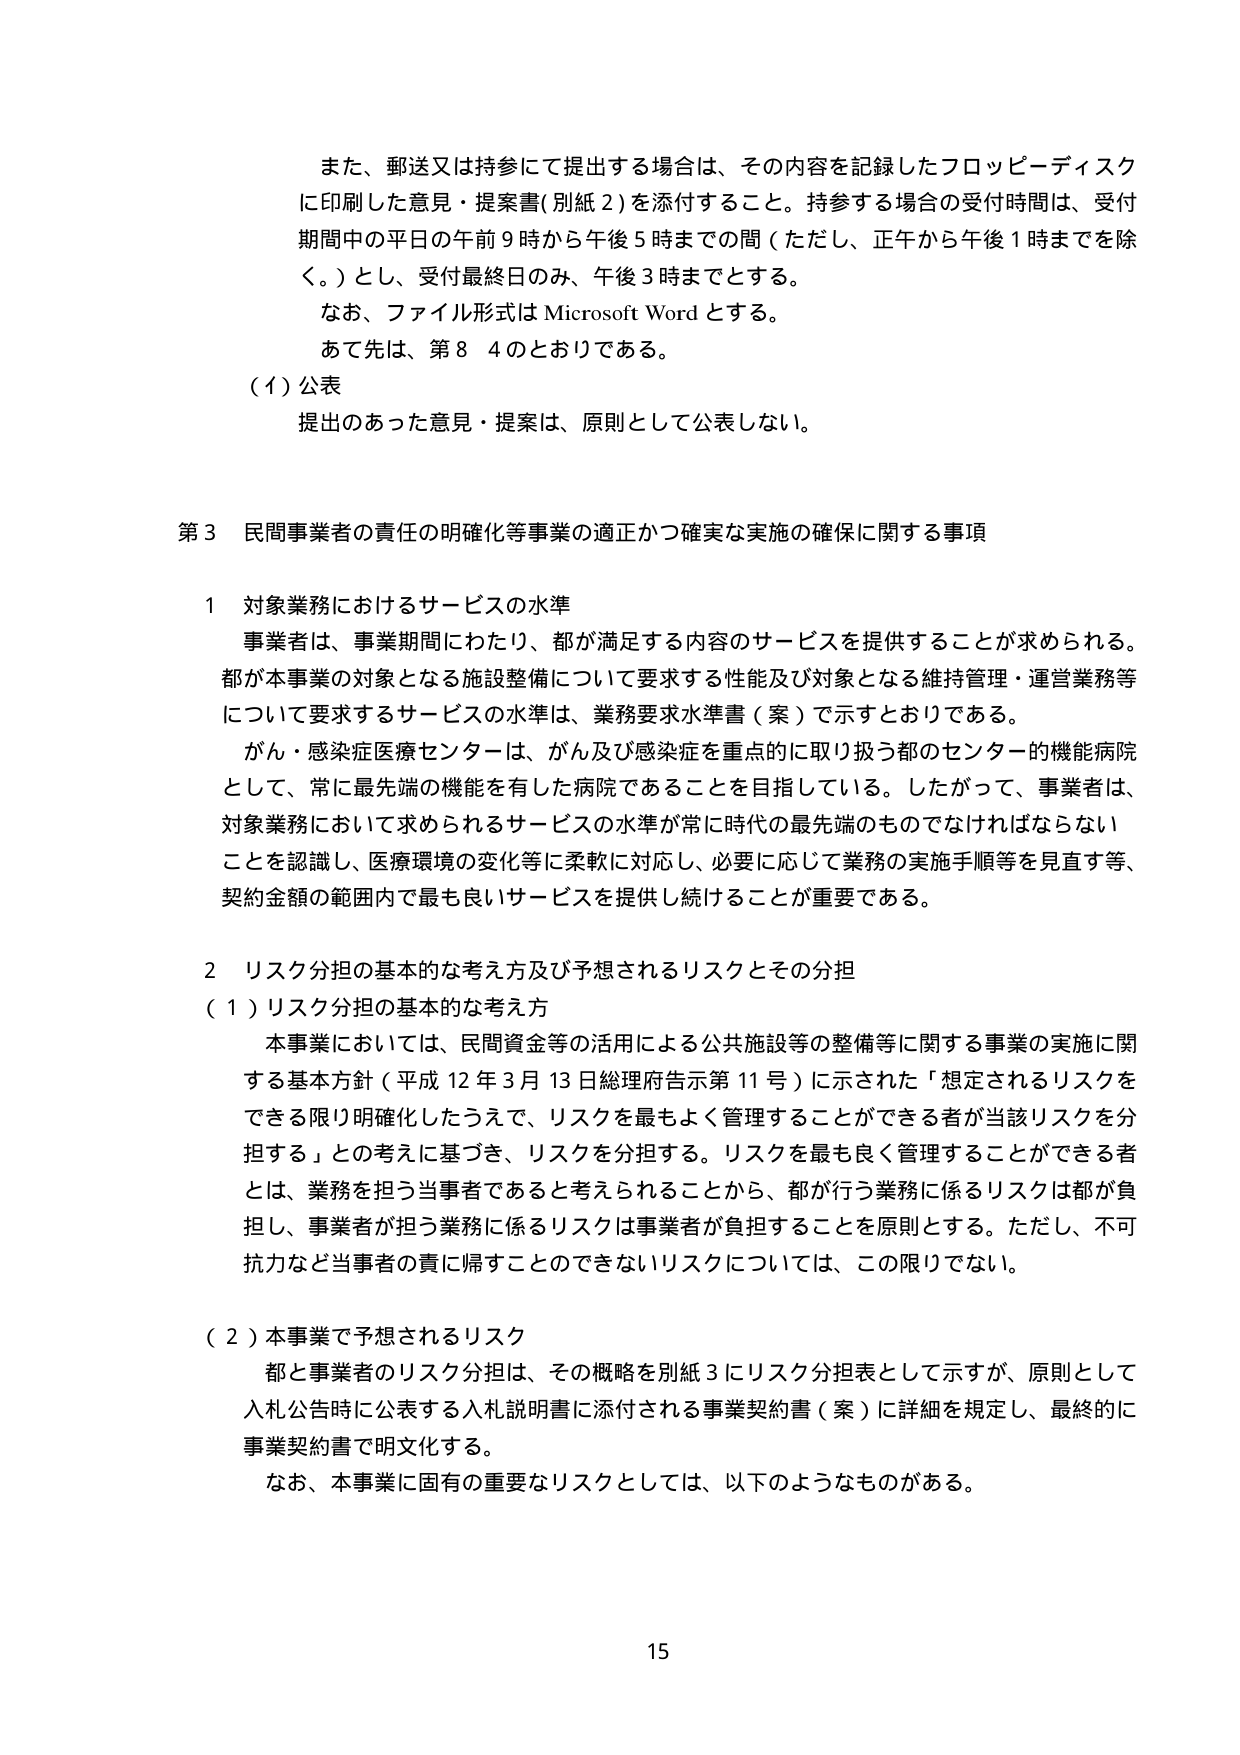
また、郵送又は持参にて提出する場合は、その内容を記録したフロッピーディスクに印刷した意見・提案書（別紙２）を添付すること。持参する場合の受付時間は、受付期間中の平日の午前９時から午後５時までの間（ただし、正午から午後１時までを除く。）とし、受付最終日のみ、午後３時までとする。

なお、ファイル形式は Microsoft Word とする。

あて先は、第８ ４のとおりである。

（イ）公表
提出のあった意見・提案は、原則として公表しない。

第３ 民間事業者の責任の明確化等事業の適正かつ確実な実施の確保に関する事項

１ 対象業務におけるサービスの水準
事業者は、事業期間にわたり、都が満足する内容のサービスを提供することが求められる。都が本事業の対象となる施設整備について要求する性能及び対象となる維持管理・運営業務等について要求するサービスの水準は、業務要求水準書（案）で示すとおりである。

がん・感染症医療センターは、がん及び感染症を重点的に取り扱う都のセンター的機能病院として、常に最先端の機能を有した病院であることを目指している。したがって、事業者は、対象業務において求められるサービスの水準が常に時代の最先端のものでなければならないことを認識し、医療環境の変化等に柔軟に対応し、必要に応じて業務の実施手順等を見直す等、契約金額の範囲内で最も良いサービスを提供し続けることが重要である。

２ リスク分担の基本的な考え方及び予想されるリスクとその分担
（１）リスク分担の基本的な考え方
本事業においては、民間資金等の活用による公共施設等の整備等に関する事業の実施に関する基本方針（平成12年3月13日総理府告示第11号）に示された「想定されるリスクをできる限り明確化したうえで、リスクを最もよく管理することができる者が当該リスクを分担する」との考えに基づき、リスクを分担する。リスクを最も良く管理することができる者とは、業務を担う当事者であると考えられることから、都が行う業務に係るリスクは都が負担し、事業者が担う業務に係るリスクは事業者が負担することを原則とする。ただし、不可抗力など当事者の責に帰することのできないリスクについては、この限りでない。

（２）本事業で予想されるリスク
都と事業者のリスク分担は、その概略を別紙３にリスク分担表として示すが、原則として入札公告時に公表する入札説明書に添付される事業契約書（案）に詳細を規定し、最終的に事業契約書で明文化する。

なお、本事業に固有の重要なリスクとしては、以下のようなものがある。

15